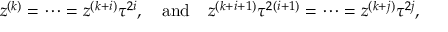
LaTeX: z ^ { ( k ) } = \cdots = z ^ { ( k + i ) } \tau ^ { 2 i } , { ~ ~ ~ \mathrm { a n d ~ ~ ~ } } z ^ { ( k + i + 1 ) } \tau ^ { 2 ( i + 1 ) } = \cdots = z ^ { ( k + j ) } \tau ^ { 2 j } ,